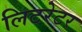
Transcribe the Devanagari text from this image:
लिटरेटर